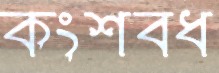
কংশবধ